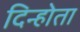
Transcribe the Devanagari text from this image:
दिन्होता